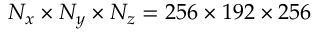
N _ { x } \times N _ { y } \times N _ { z } = 2 5 6 \times 1 9 2 \times 2 5 6